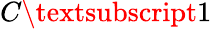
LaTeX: C\textsubscript{1}